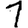
Digit: 1